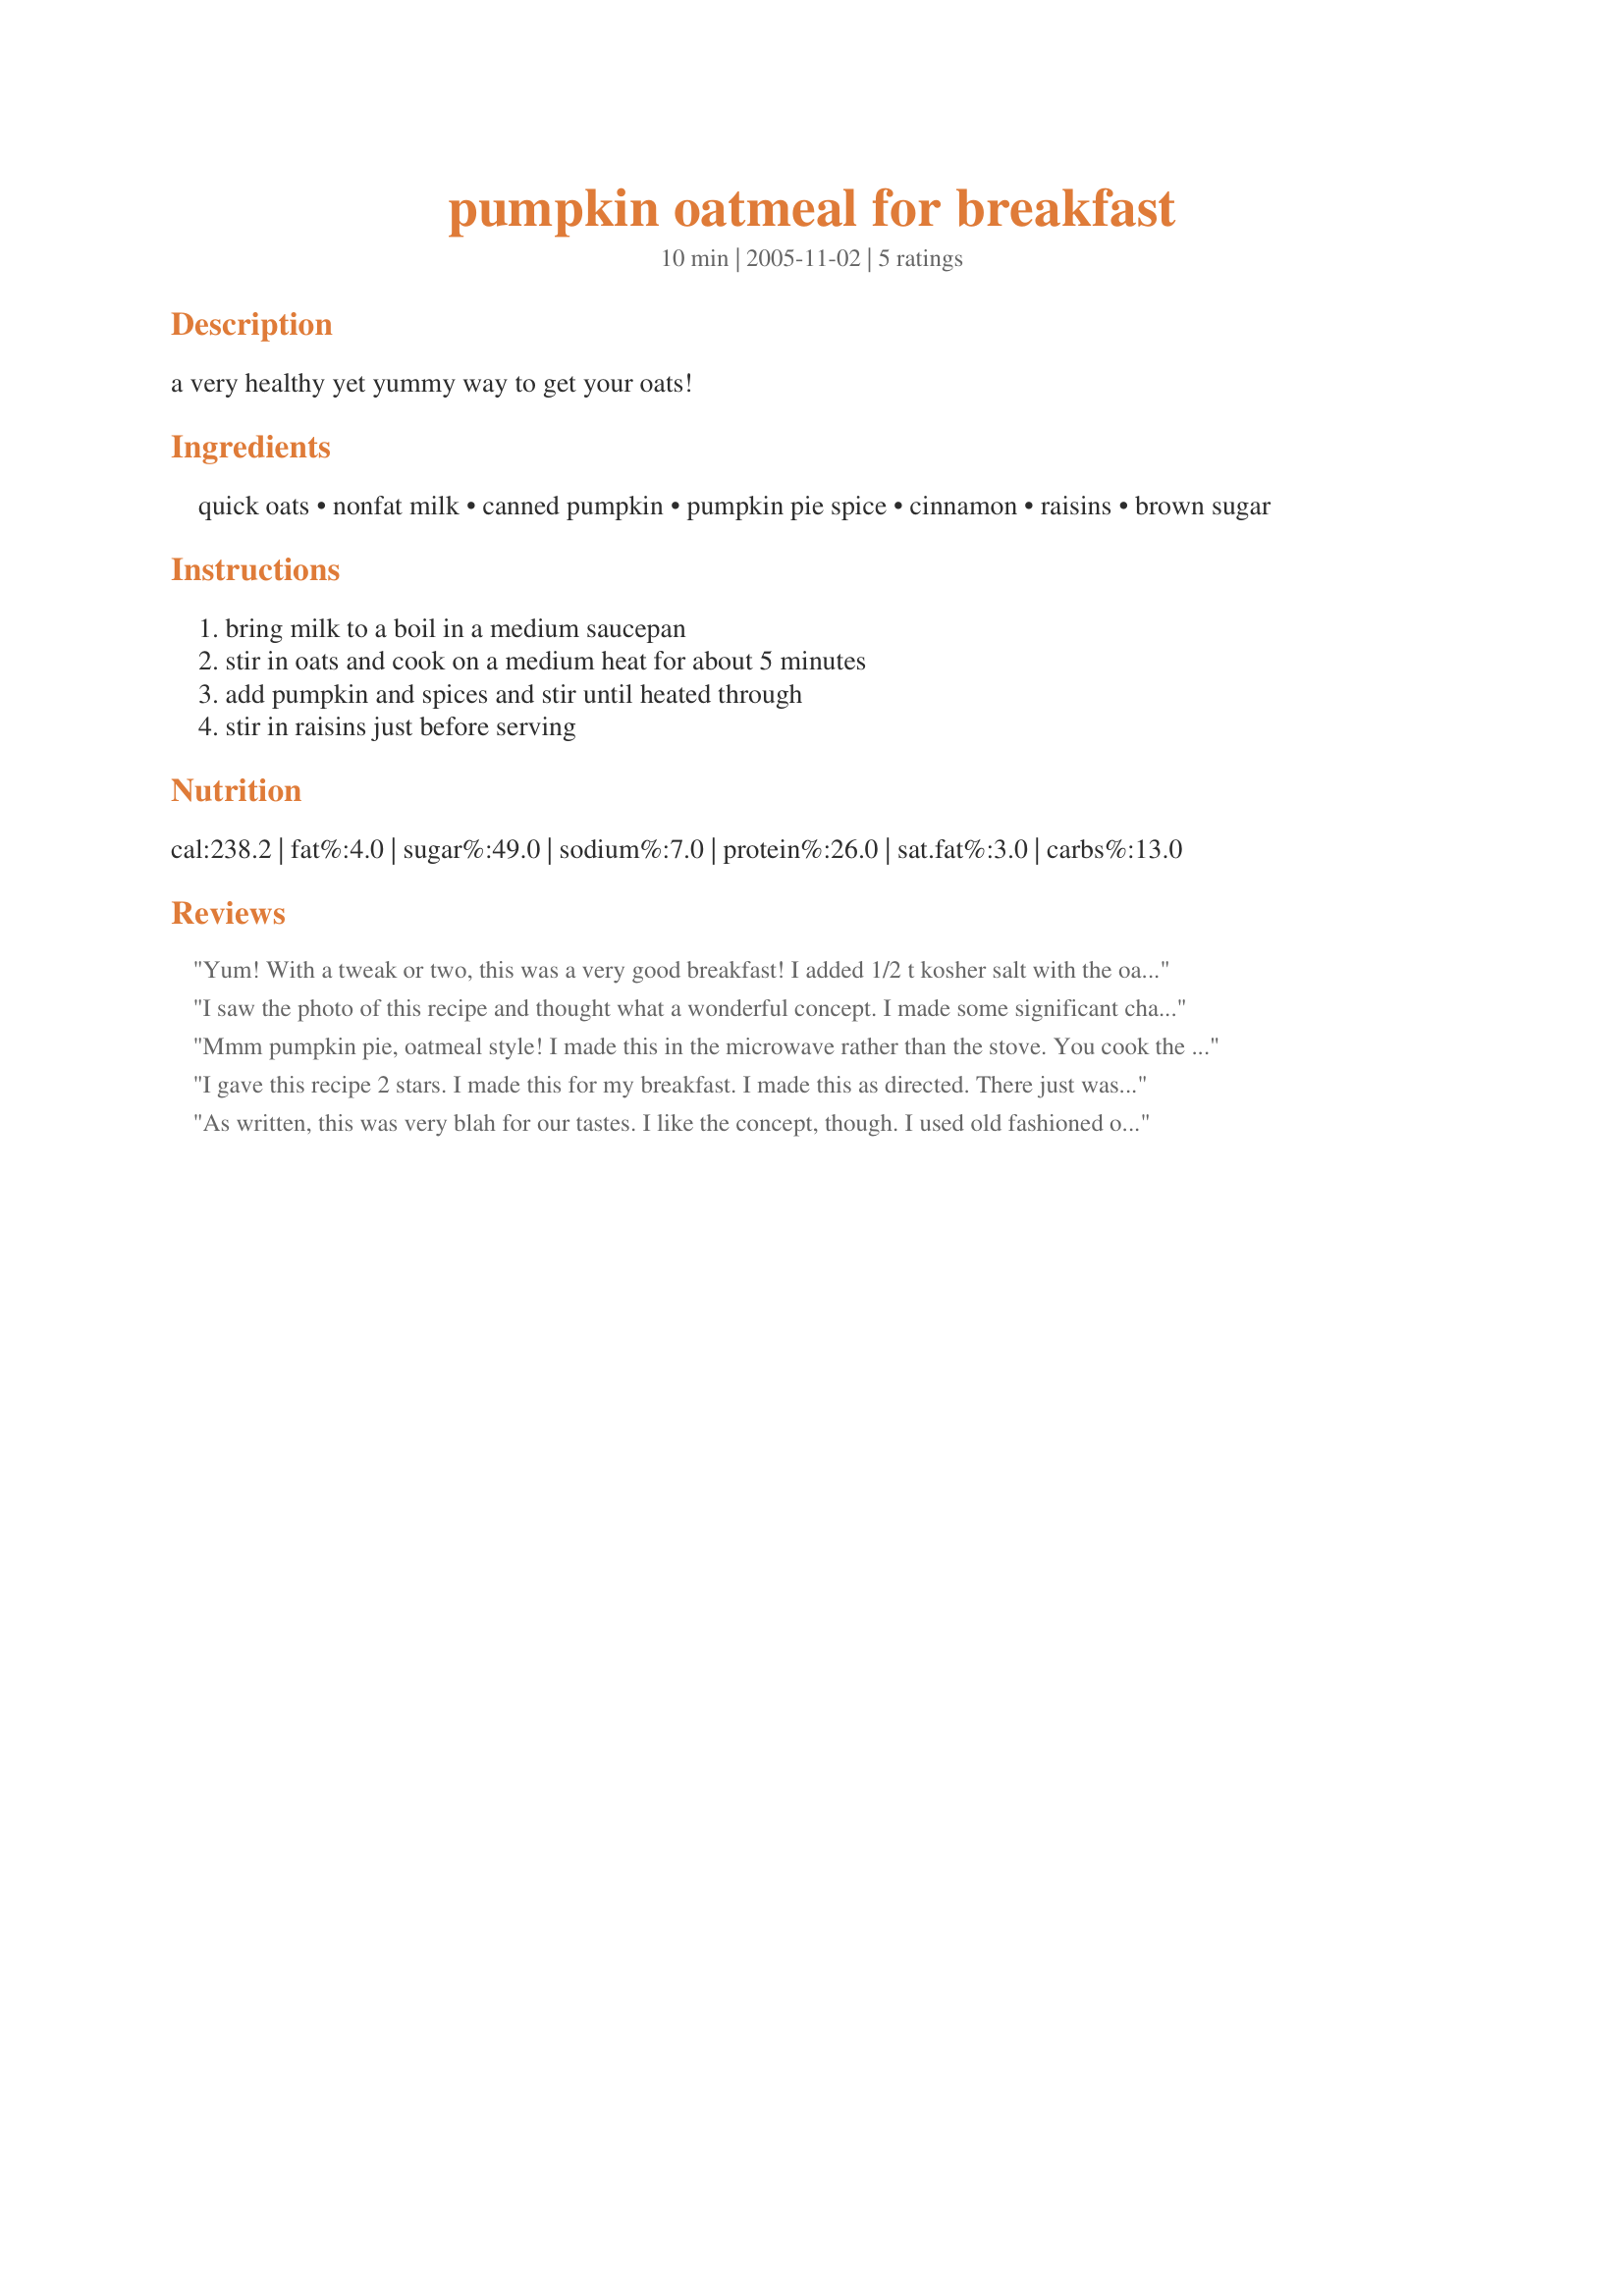
pumpkin oatmeal for breakfast
Preparation time: 10 minutes

a very healthy yet yummy way to get your oats!

Ingredients:
quick oats, nonfat milk, canned pumpkin, pumpkin pie spice, cinnamon, raisins, brown sugar

Steps:
bring milk to a boil in a medium saucepan, stir in oats and cook on a medium heat for about 5 minutes, add pumpkin and spices and stir until heated through, stir in raisins just before serving

Reviews:
Yum! With a tweak or two, this was a very good breakfast! I added 1/2 t kosher salt with the oats, and a pinch of ginger and nutmeg along with a tiny pinch of cloves with the pumpkin. I also added about 1/4 c brown sugar at the very end. The pumpkin flavor is subtle, not overpowering. Yum!
I saw the photo of this recipe and thought what a wonderful concept. I made some significant changes to the recipe so therefore will not rate it. I decreased the amount of oats, used water to cook them and added dry milk powder at the end of cooking. I also increased the pumpkin pie spice and omitted the cinnamon. In place of the raisins, I used dried cranberries and sprinkled the top with some chopped pecan pieces. It was like eating a slice of pumpkin pie in a bowl.
Mmm pumpkin pie, oatmeal style! I made this in the microwave rather than the stove. You cook the oats and milk for 3 minutes. Then stir in everything else. I felt that there was too much milk, so maybe cut back by 1/4 cup.
I gave this recipe 2 stars. I made this for my breakfast. I made this as directed. There just wasn't a sweet taste and that's how I like my oatmeal. I added 2 tbl Splenda to sweeten the oatmeal. I also wasn't crazy over the fact that the raisins didn't plump. Overall this was ok. Thanks Christine (internetnut)
As written, this was very blah for our tastes. I like the concept, though. I used old fashioned oats, rather than the quick and in the future would adjust the spices. I would try omitting the pumpkin pie spice and instead use cinnamon, nutmeg, cloves, and ginger (as in my favorite pumpkin pie recipe). I also felt that the recipe needed a bit of salt to bring out the flavor of the pumpkin. As I said, this is a good idea that needs some tweeking to suit our tastes. Also, downsized to just 2 servings, this recipe still made a lot of oatmeal. In the future, 1 serving would easily serve 2 people.
